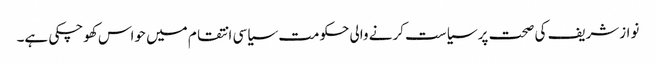
نوازشریف کی صحت پر سیاست کرنے والی حکومت سیاسی انتقام میں حواس کھوچکی ہے۔